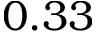
0 . 3 3